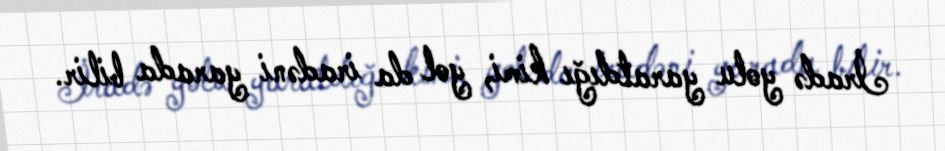
İradə yolu yaratdığı kimi, yol da iradəni yarada bilir.